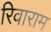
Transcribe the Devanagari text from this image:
रिवाराम